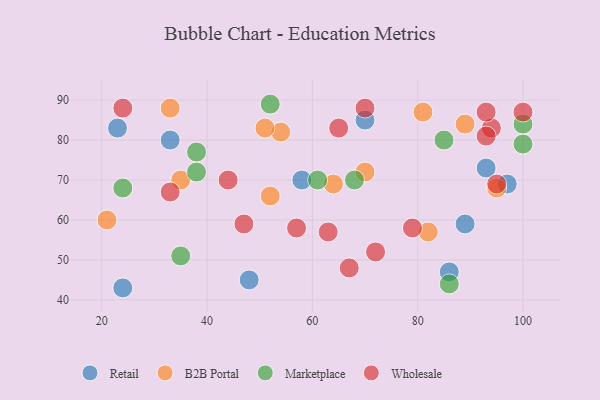
{"axis": {"x": "GDP", "y": "Life Expectancy"}, "legend": ["B2B Portal", "Marketplace", "Retail", "Wholesale"], "data": [{"x": "93", "y": 73, "type": "Retail"}, {"x": "70", "y": 85, "type": "Retail"}, {"x": "24", "y": 43, "type": "Retail"}, {"x": "33", "y": 80, "type": "Retail"}, {"x": "89", "y": 59, "type": "Retail"}, {"x": "23", "y": 83, "type": "Retail"}, {"x": "86", "y": 47, "type": "Retail"}, {"x": "58", "y": 70, "type": "Retail"}, {"x": "97", "y": 69, "type": "Retail"}, {"x": "48", "y": 45, "type": "Retail"}, {"x": "81", "y": 87, "type": "B2B Portal"}, {"x": "21", "y": 60, "type": "B2B Portal"}, {"x": "54", "y": 82, "type": "B2B Portal"}, {"x": "89", "y": 84, "type": "B2B Portal"}, {"x": "52", "y": 66, "type": "B2B Portal"}, {"x": "33", "y": 88, "type": "B2B Portal"}, {"x": "35", "y": 70, "type": "B2B Portal"}, {"x": "70", "y": 72, "type": "B2B Portal"}, {"x": "82", "y": 57, "type": "B2B Portal"}, {"x": "95", "y": 68, "type": "B2B Portal"}, {"x": "51", "y": 83, "type": "B2B Portal"}, {"x": "64", "y": 69, "type": "B2B Portal"}, {"x": "24", "y": 68, "type": "Marketplace"}, {"x": "61", "y": 70, "type": "Marketplace"}, {"x": "100", "y": 84, "type": "Marketplace"}, {"x": "35", "y": 51, "type": "Marketplace"}, {"x": "86", "y": 44, "type": "Marketplace"}, {"x": "100", "y": 79, "type": "Marketplace"}, {"x": "52", "y": 89, "type": "Marketplace"}, {"x": "68", "y": 70, "type": "Marketplace"}, {"x": "38", "y": 72, "type": "Marketplace"}, {"x": "38", "y": 77, "type": "Marketplace"}, {"x": "85", "y": 80, "type": "Marketplace"}, {"x": "33", "y": 67, "type": "Wholesale"}, {"x": "94", "y": 83, "type": "Wholesale"}, {"x": "79", "y": 58, "type": "Wholesale"}, {"x": "65", "y": 83, "type": "Wholesale"}, {"x": "24", "y": 88, "type": "Wholesale"}, {"x": "72", "y": 52, "type": "Wholesale"}, {"x": "100", "y": 87, "type": "Wholesale"}, {"x": "57", "y": 58, "type": "Wholesale"}, {"x": "63", "y": 57, "type": "Wholesale"}, {"x": "44", "y": 70, "type": "Wholesale"}, {"x": "95", "y": 69, "type": "Wholesale"}, {"x": "93", "y": 87, "type": "Wholesale"}, {"x": "47", "y": 59, "type": "Wholesale"}, {"x": "67", "y": 48, "type": "Wholesale"}, {"x": "70", "y": 88, "type": "Wholesale"}, {"x": "93", "y": 81, "type": "Wholesale"}]}